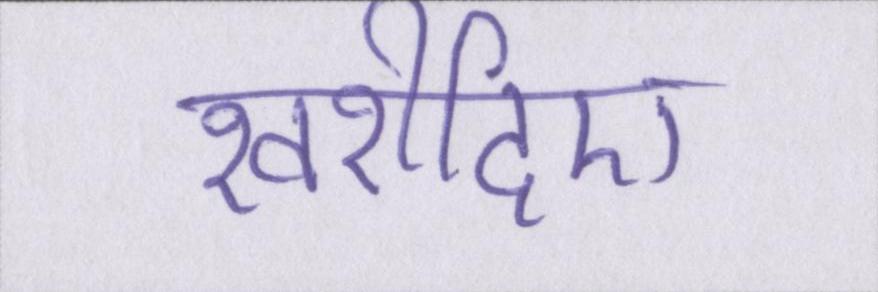
खरीदिए